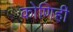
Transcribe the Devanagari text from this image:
कोणिही